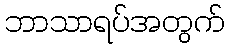
ဘာသာရပ်အတွက်